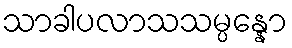
သာခါပလာသသမ္ပန္နော